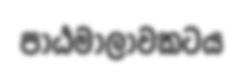
පාඨමාලාවකටය